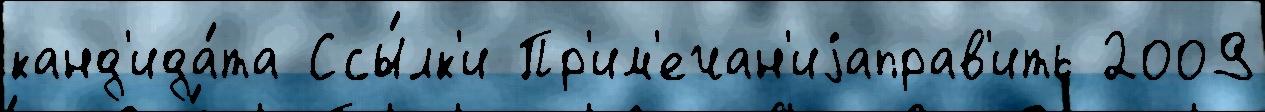
канд'ида́та Ссы́лк'и Пр'им'ечан'иjаправ'ить 2009